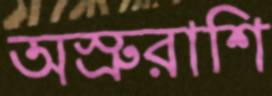
অস্রুরাশি